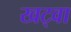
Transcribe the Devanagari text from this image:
खट्वा